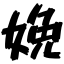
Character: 娩